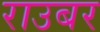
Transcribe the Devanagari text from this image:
राउबर